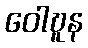
ဝေါဎူန